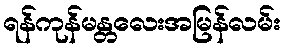
ရန်ကုန်မန္တလေးအမြန်လမ်း